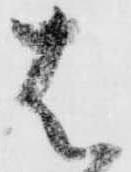
は